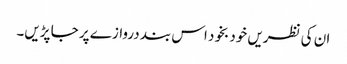
ان کی نظریں خود بخود اس بند دروازے پر جا پڑیں۔